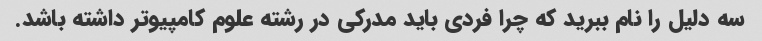
سه دلیل را نام ببرید که چرا فردی باید مدرکی در رشته علوم کامپیوتر داشته باشد.